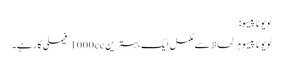
ٹویوٹا پیسو:
ٹویوٹا پیسو ہر لحاظ سے مکمل ایک بہترین 1000cc فیملی کار ہے۔